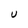
Character: U